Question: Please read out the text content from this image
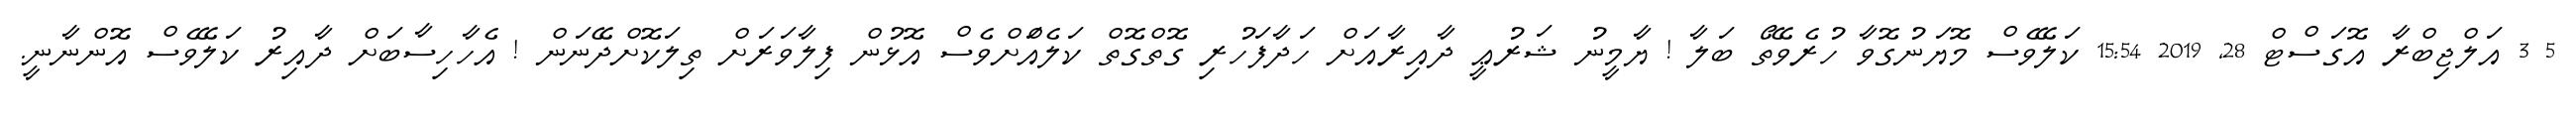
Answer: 5 3 އަލްޖިބްރާ އޮގަސްޓް 28, 2019 15:54 ކަލޭވެސް މޮޔަނުގޮވާ ހުރެވޭތޯ ބަލާ ! ޔާމީނު ޝަރުޢީ ދާއިރާއަށް ހަދާފަހުރި ގޮތްގޮތް ކަލެއްަށްވެސް އޮޅުން ފިލާވަރަށް ތިލަކޮށްދޭނަން ! އެހާހިސާބަށް ދާއިރު ކަލޭވެސް އޮންނާނީ.